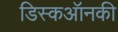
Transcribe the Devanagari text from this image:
डिस्कऑनकी